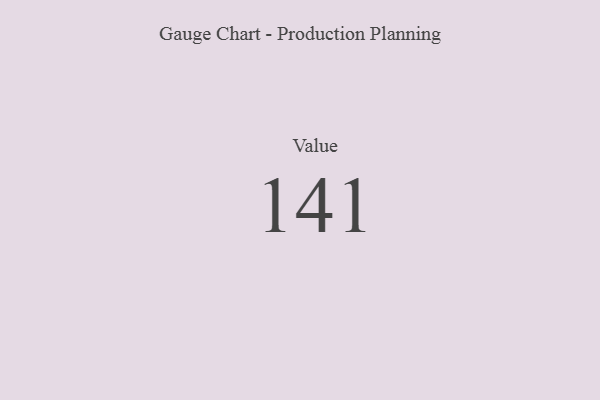
{"axis": {"x": "Metric", "y": "Value"}, "legend": [""], "data": [{"x": "Value", "y": 141, "type": ""}]}